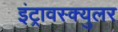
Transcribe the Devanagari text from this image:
इंट्रावस्क्युलर